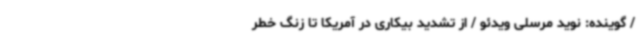
/ گوینده: نوید مرسلی ویدئو / از تشدید بیکاری در آمریکا تا زنگ خطر